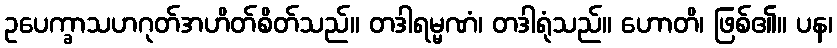
ဥပေက္ခာသဟဂုတ်အဟိတ်စိတ်သည်။ တဒါရမ္မဏံ၊ တဒါရုံသည်။ ဟောတိ၊ ဖြစ်၏။ ပန၊